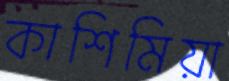
কাশিমিয়া